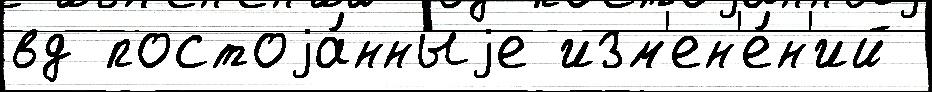
вд постоjа́нныjе изм'ен'е́н'ий